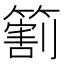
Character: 𬕲